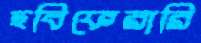
ছবিফেরারি